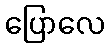
ပြောလေ